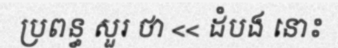
ប្រពន្ធ សួរ ថា << ដំបង នោះ